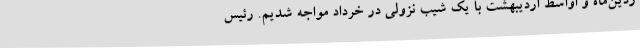
ردین‌ماه و اواسط اردیبهشت با یک شیب نزولی در خرداد مواجه شدیم. رئیس